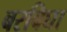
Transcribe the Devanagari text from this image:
बरबिघा